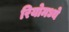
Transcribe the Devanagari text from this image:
रियोमध्ये